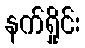
နက်ရှိုင်း